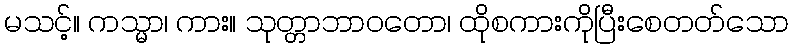
မသင့်။ ကသ္မာ၊ ကား။ သုတ္တာဘာဝတော၊ ထိုစကားကိုပြီးစေတတ်သော